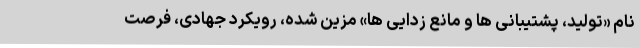
نام «تولید، پشتیبانی ها و مانع زدایی ها» مزین شده، رویکرد جهادی، فرصت